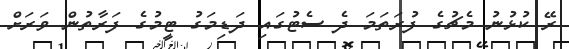
ރޭ ކުޅުނު މެޗުގެ ފުރަތަމަ ދެ ސެޓުގައި ދަޑިމަގު ޓީމުގެ ފަރާތުން ވަރަށް